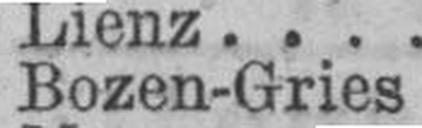
Bozen-Gries